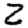
Digit: 2